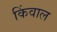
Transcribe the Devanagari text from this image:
किंवाल